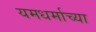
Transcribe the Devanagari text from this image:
यमधर्माच्या